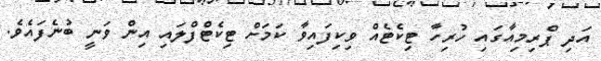
އަދި ޕްރިމިއާގައި ހުރިހާ ޓިކެޓެއް ވިކިފައިވާ ކަމަށް ޓިކެޓްފްލައި އިން ވަނީ ބުނެފައެވެ.